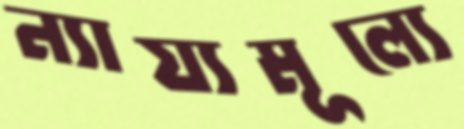
ন্যায্যমূল্যে